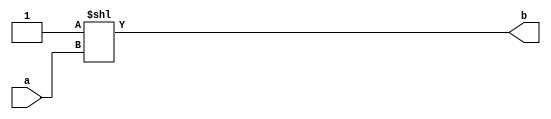
`timescale 1ns / 1ps

module binary_to_one_hot_encoder(
    input [3:0] a,
    output [15:0] b
    );

      assign b = 1'b1 <<a;
    
endmodule